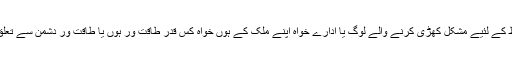
اور قومی تحفط کے لئیے مشکل کھڑی کرنے والے لوگ یا ادارے خواہ اپنے ملک کے ہوں خواہ کس قدر طاقت ور ہوں یا طاقت ور دشمن سے تعلق رکھتے ہوں۔